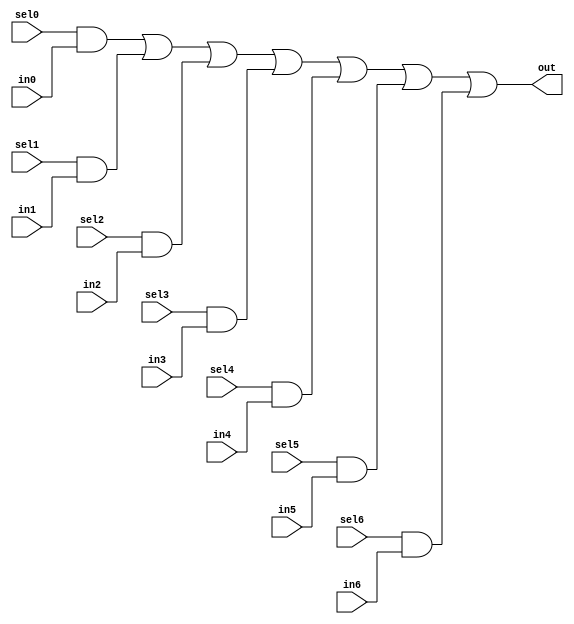
//#############################################################################
//# Function: 7:1 one hot mux                                                 #
//#############################################################################
//# Author:   Andreas Olofsson                                                #
//# License:  MIT (see LICENSE file in OH! repository)                        #
//#############################################################################

module oh_mux7 #(parameter N = 1 ) // width of mux
   (
    input 	    sel6,
    input 	    sel5,
    input 	    sel4,
    input 	    sel3,
    input 	    sel2,
    input 	    sel1,
    input 	    sel0,
    input [N-1:0]  in6,
    input [N-1:0]  in5,
    input [N-1:0]  in4,
    input [N-1:0]  in3,
    input [N-1:0]  in2,
    input [N-1:0]  in1,
    input [N-1:0]  in0,
    output [N-1:0] out  //selected data output
    );

   assign out[N-1:0] = ({(N){sel0}} & in0[N-1:0] |
			 {(N){sel1}} & in1[N-1:0] |
			 {(N){sel2}} & in2[N-1:0] |
			 {(N){sel3}} & in3[N-1:0] |
			 {(N){sel4}} & in4[N-1:0] |
			 {(N){sel5}} & in5[N-1:0] |
			 {(N){sel6}} & in6[N-1:0]);


endmodule // oh_mux7